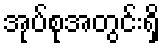
အုပ်စုအတွင်းရှိ